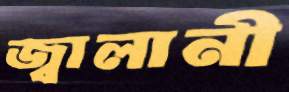
জ্বালানী